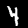
Digit: 4